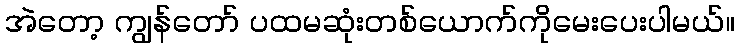
အဲတော့ ကျွန်တော် ပထမဆုံးတစ်ယောက်ကိုမေးပေးပါမယ်။